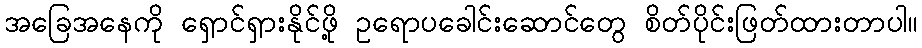
အခြေအနေကို ရှောင်ရှားနိုင်ဖို့ ဥရောပခေါင်းဆောင်တွေ စိတ်ပိုင်းဖြတ်ထားတာပါ။